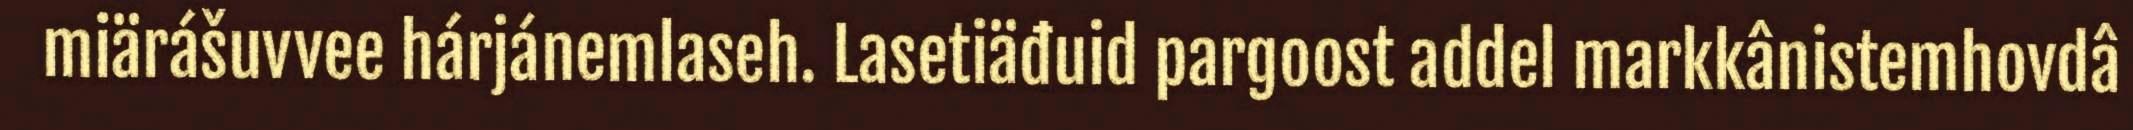
miärášuvvee hárjánemlaseh. Lasetiäđuid pargoost addel markkânistemhovdâ